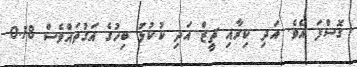
ގޮސްފަ އެވެ. އަދި ކިރާއި ޗީޒް އަދި ކުކުޅު ބިހުގެ އަގުތައްވެސް 0.18